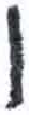
אות: ו